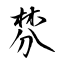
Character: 棼